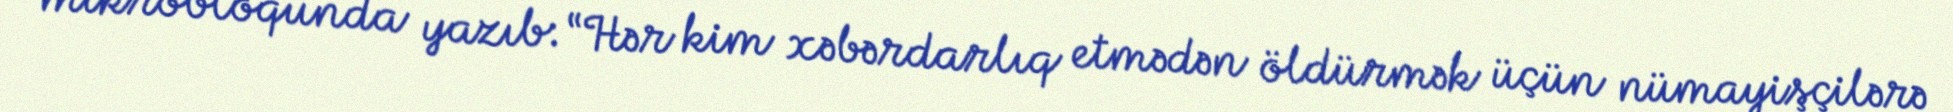
mikrobloqunda yazıb: “Hər kim xəbərdarlıq etmədən öldürmək üçün nümayişçilərə